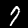
Label: 7